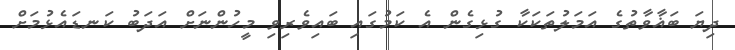
ދިޔަ ބަޣާވާތުގެ އަމަލުތަކަކާ ގުޅިގެން އެ ކަމުގައި ބައިވެރިވި މީހުންނަށް އަދަބު ކަނޑައެޅުމަށް